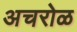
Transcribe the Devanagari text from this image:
अचरोळ